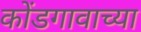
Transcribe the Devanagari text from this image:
कोंडगावाच्या